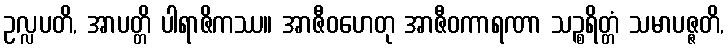
ဥလ္လပတိ, အာပတ္တိ ပါရာဇိကဿ။ အာဇီဝဟေတု အာဇီဝကာရဏာ သဉ္စရိတ္တံ သမာပဇ္ဇတိ,